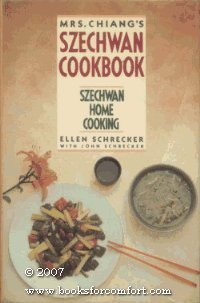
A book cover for Mrs. Chiang's Szechwan Cookbook: Szechwan Home Cooking; Jung-Feng Chiang; Cookbooks, Food & Wine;